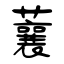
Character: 蘘